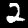
Digit: 2